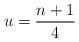
LaTeX: \begin{align*}u = \frac{n+1}{4}\end{align*}